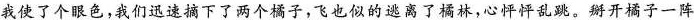
我使了个眼色，我们迅速摘下了两个橘子，飞也似的逃离了橘林，心怦怦乱跳。掰开橘子一阵